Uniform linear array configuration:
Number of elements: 8
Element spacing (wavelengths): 0.5
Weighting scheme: uniform
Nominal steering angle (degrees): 30
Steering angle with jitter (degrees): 30.275
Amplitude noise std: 0.05
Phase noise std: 0.05

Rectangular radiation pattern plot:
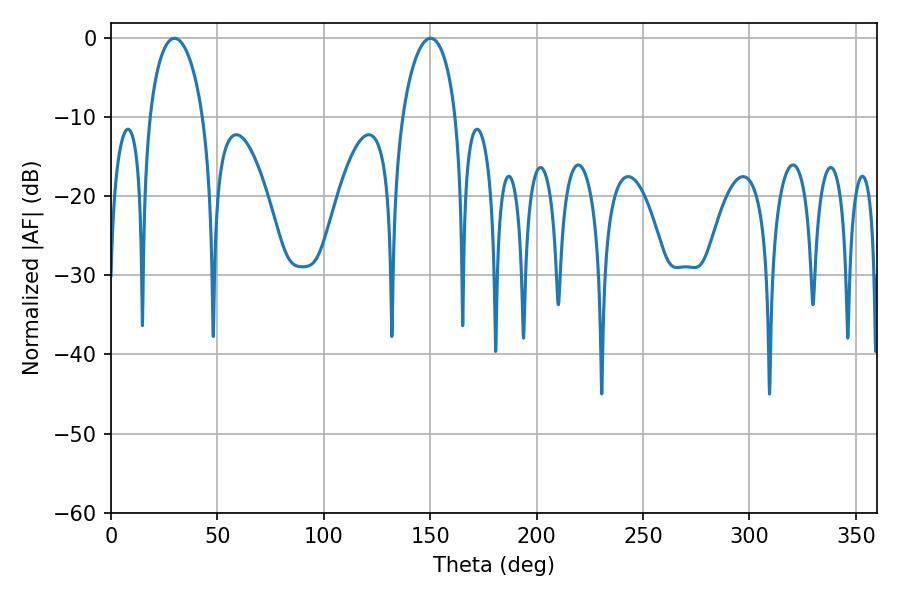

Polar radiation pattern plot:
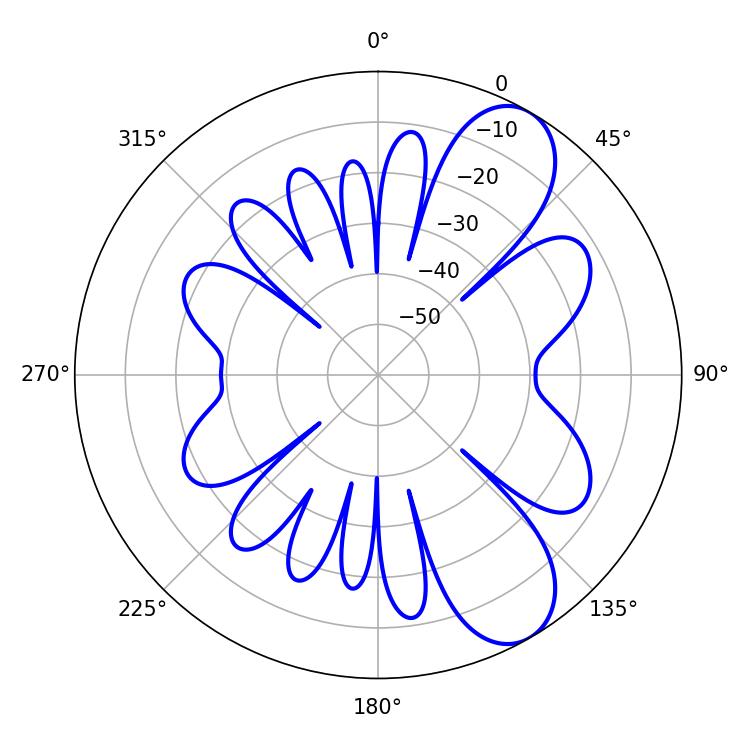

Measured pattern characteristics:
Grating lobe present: FALSE
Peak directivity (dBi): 8.608
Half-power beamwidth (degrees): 14.4
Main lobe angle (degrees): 150.12